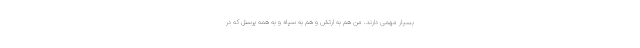
بسیار مهمی دارند. من هم به ارتش و هم به سپاه و به همه پرسنل که در